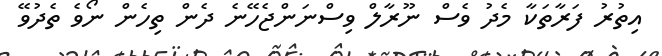
އިތުރު ފަރާތަކާ މެދު ވެސް ނޫރާލް ވިސްނަންޖެހޭނެ ދެން ތިހެން ނޯވެ ތެދުވޭ